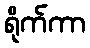
ရိုက်ကာ